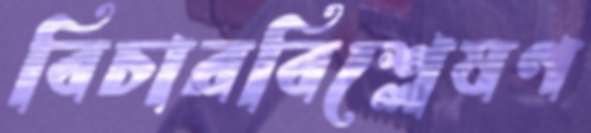
বিচারবিশ্লেষণ